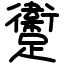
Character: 躛